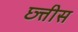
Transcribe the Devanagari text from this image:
छ्त्तीस